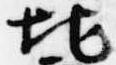
地